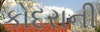
કોદરાની